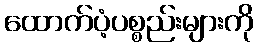
ထောက်ပံ့ပစ္စည်းများကို